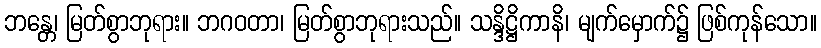
ဘန္တေ၊ မြတ်စွာဘုရား။ ဘဂဝတာ၊ မြတ်စွာဘုရားသည်။ သန္ဒိဋ္ဌိကာနိ၊ မျက်မှောက်၌ ဖြစ်ကုန်သော။